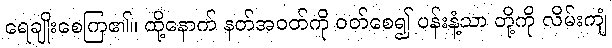
ရေချိုးစေကြ၏။ ထို့နောက် နတ်အဝတ်ကို ဝတ်စေ၍ ပန်းနံ့သာ တို့ကို လိမ်းကျံ